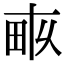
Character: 𤱑